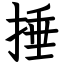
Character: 捶